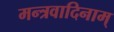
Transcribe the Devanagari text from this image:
मन्त्रवादिनाम्